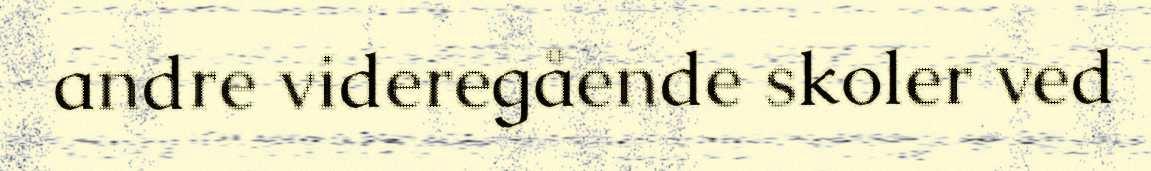
andre videregående skoler ved